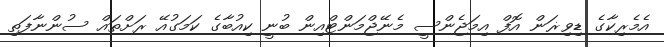
އެމެރިކާގެ ޑިވިޜަން އޮފް އިމަޖެންސީ މެނޭޖްމަންޓްއިން ބުނީ ކިއުބާގެ ކަމަގުއޭ ރަށްތައް ސުންނާފަތި